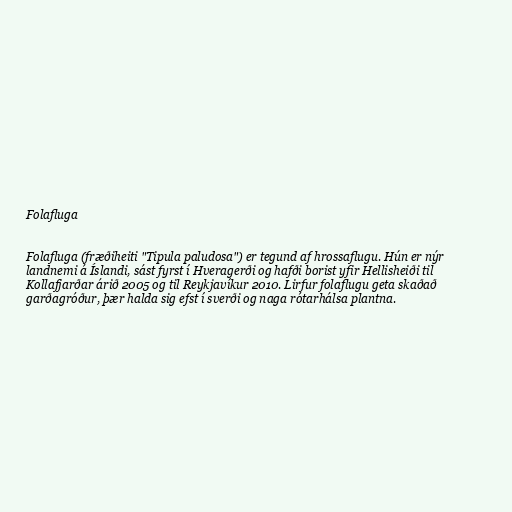
Folafluga

Folafluga (fræðiheiti "Tipula paludosa") er tegund af hrossaflugu. Hún er nýr
landnemi á Íslandi, sást fyrst í Hveragerði og hafði borist yfir Hellisheiði til
Kollafjarðar árið 2005 og til Reykjavíkur 2010. Lirfur folaflugu geta skaðað
garðagróður, þær halda sig efst í sverði og naga rótarhálsa plantna.